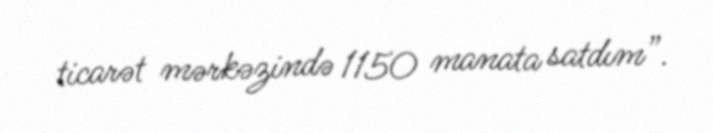
ticarət mərkəzində 1150 manata satdım”.